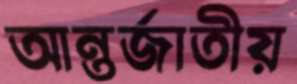
আন্তর্জাতীয়